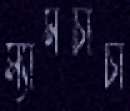
স্যামচাচা